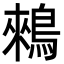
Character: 鶆